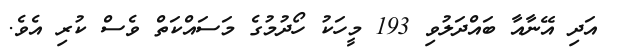
އަދި އޭނާއާ ބައްދަލުވި 193 މީހަކު ހޯދުމުގެ މަސައްކަތް ވެސް ކުރި އެވެ.